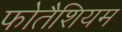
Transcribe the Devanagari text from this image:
फोतैशियम